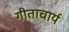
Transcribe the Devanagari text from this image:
गीताचार्य